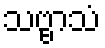
သဗ္ဗာသံ